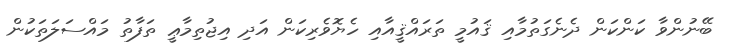
ބޭނުންވާ ކަންކަން ދެނެގަތުމާއި ޤައުމީ ތަރައްޤީއާއި ހެޔޮވެރިކަން އަދި އިޖުތިމާޢީ ތަފާތު މައްސަލަތަކުން